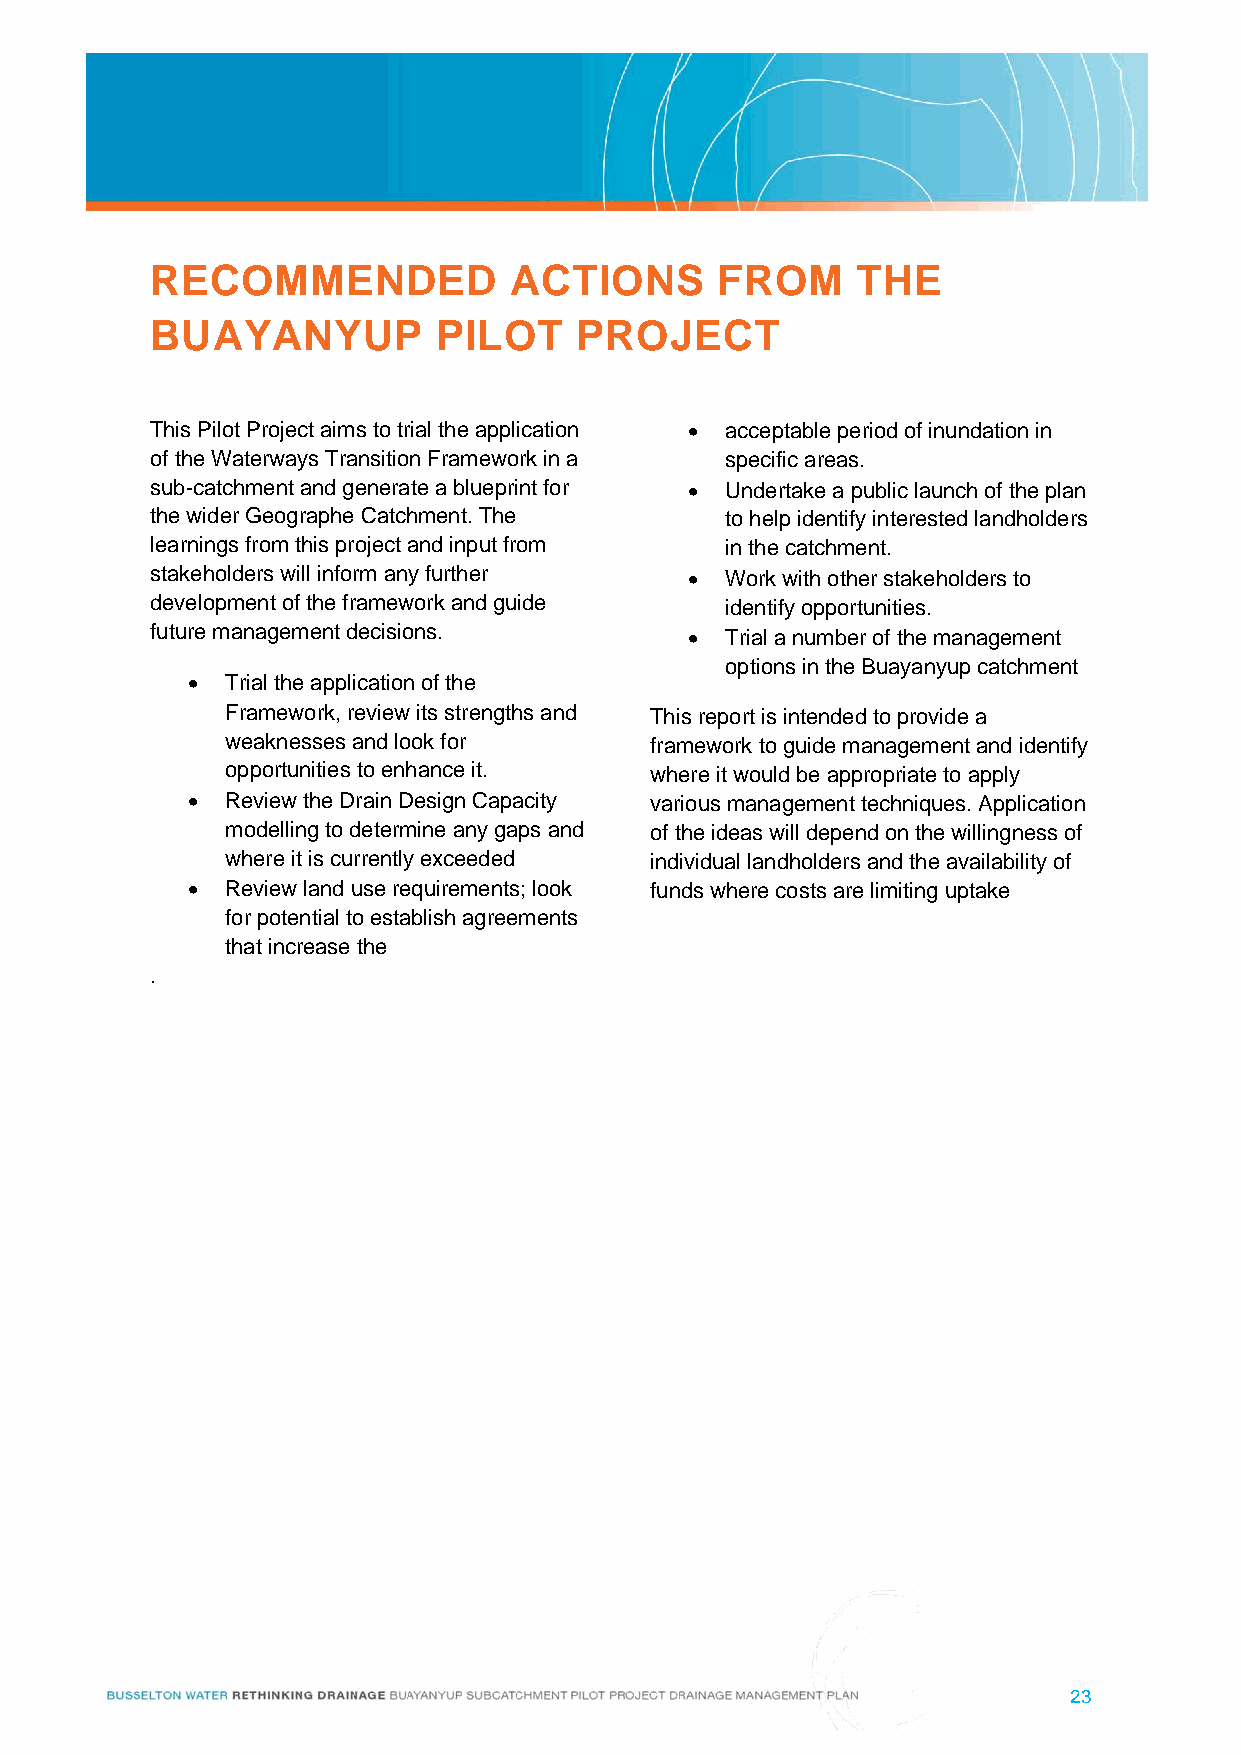
RECOMMENDED             ACTIONS      FROM      THE
 BUAYANYUP          PILOT    PROJECT
 This Pilot Project aims to trial the application  acceptable period of inundation in
 of the Waterways Transition Framework in a specific areas.
 sub-catchment and generate a blueprint for  Undertake a public launch of the plan
 the wider Geographe Catchment. The    to help identify interested landholders
 learnings from this project and input from in the catchment.
 stakeholders will inform any further  Work with other stakeholders to
 development of the framework and guide identify opportunities.
 future management decisions.         Trial a number of the management
 options in the Buayanyup catchment
   Trial the application of the
 Framework, review its strengths and This report is intended to provide a
 weaknesses and look for     framework to guide management and identify
 opportunities to enhance it. where it would be appropriate to apply
   Review the Drain Design Capacity various management techniques. Application
 modelling to determine any gaps and of the ideas will depend on the willingness of
 where it is currently exceeded individual landholders and the availability of
   Review land use requirements; look funds where costs are limiting uptake
 for potential to establish agreements
 that increase the
 .
 23